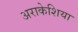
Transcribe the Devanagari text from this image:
अराकेशिया